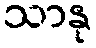
သာနု